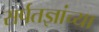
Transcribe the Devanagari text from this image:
सर्पतज्ञांच्या